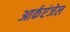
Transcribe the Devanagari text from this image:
आर्कएंजेल